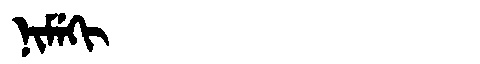
Manchu: ᠨᡳᠮᡝᡴᡳ
Romanization: NIMEKI